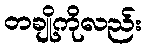
တချို့ကိုလည်း